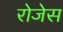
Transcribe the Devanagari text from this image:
रोजेस